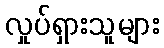
လှုပ်ရှားသူများ